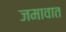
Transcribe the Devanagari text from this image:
जमावात